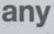
any